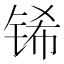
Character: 𮸌